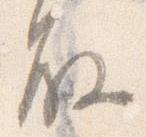
殿